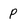
Character: p